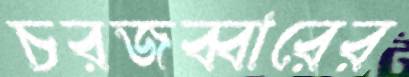
চরজব্বারের